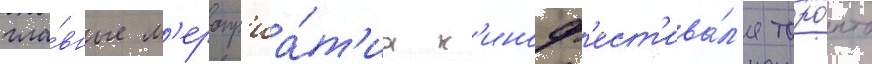
гла́вные м'еропр'иа́т'иа к'иноф'ест'ива́л'я торо́нто